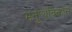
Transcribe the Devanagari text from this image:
मनुष्यविकास